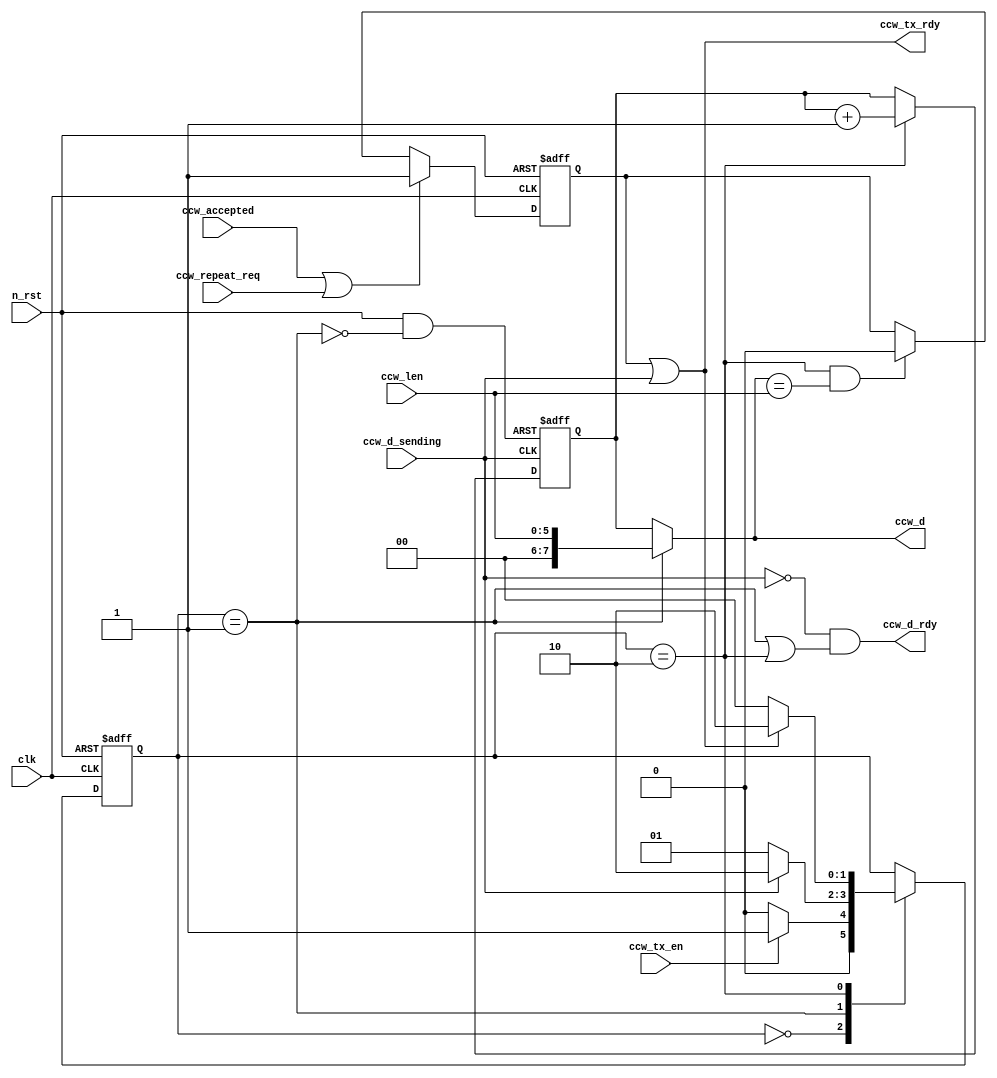
module ccw_gen (
	input  clk,
	input  n_rst,
	input  [5:0] ccw_len,
	input  ccw_accepted,
	input  ccw_repeat_req,
	output ccw_tx_rdy,
	input  ccw_tx_en,
	output [7:0] ccw_d,
	output ccw_d_rdy,
	input  ccw_d_sending
);


assign ccw_d = SENDING_N ? ccw_len : ccw_d_sync;
assign ccw_d_rdy = ~ccw_d_sending & (SENDING_N|SENDING_DATA);

reg ccwg_has_data;
always@(posedge clk or negedge n_rst)
begin
	if(n_rst == 0)
		ccwg_has_data = 0;
	else if(ccw_accepted | ccw_repeat_req)
		ccwg_has_data = 1;
	else if(SENDING_DATA & (ccw_d == ccw_len))
		ccwg_has_data = 0;
end

assign ccw_tx_rdy = ccwg_has_data | ccw_d_sending;

reg[1:0] ccwg_state;
parameter CCWG_STATE_CTRL = 0,
			 CCWG_STATE_SENDING_N = 1,
			 CCWG_STATE_SENDING_DATA = 2;
wire SENDING_N = (ccwg_state == CCWG_STATE_SENDING_N);
wire SENDING_DATA = (ccwg_state == CCWG_STATE_SENDING_DATA);
always@(posedge clk or negedge n_rst) 
begin
	if(n_rst == 0)
		ccwg_state = CCWG_STATE_CTRL;
	else 
		begin
			case(ccwg_state)
			CCWG_STATE_CTRL:
				begin
					if(ccw_tx_en)
						ccwg_state = CCWG_STATE_SENDING_N;
					else 
						ccwg_state = CCWG_STATE_CTRL;
				end
			CCWG_STATE_SENDING_N:
				begin
					if(ccw_d_sending)
						ccwg_state = CCWG_STATE_SENDING_DATA;
					else 
						ccwg_state = CCWG_STATE_SENDING_N;	
				end
			CCWG_STATE_SENDING_DATA:
				begin
					if(~ccw_tx_rdy)
						ccwg_state = CCWG_STATE_CTRL;
					else 
						ccwg_state = CCWG_STATE_SENDING_DATA;
				end
			default:
				begin
				
				end
			endcase
		end
end

reg[7:0] ccw_d_sync;
wire N_RST_CCW_D_SYNC = n_rst & ~SENDING_N;
always@(posedge ccw_d_sending or negedge N_RST_CCW_D_SYNC)
begin
	if(N_RST_CCW_D_SYNC == 0)
		ccw_d_sync = 0;
	else if(SENDING_DATA)
		ccw_d_sync = ccw_d_sync + 1;
end

endmodule